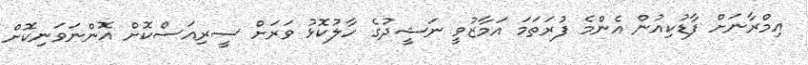
އިމްރާނަށް ފާޑުކިއުން އެންމެ ފުރަތަމަ އަމާޒުވީ ނަޝީދުގެ ހާލުކޮޅު ވަރަށް ސީރިއަސްކޮށް އޮންނަވަނިކޮށް